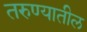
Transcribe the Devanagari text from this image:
तरुण्यातील